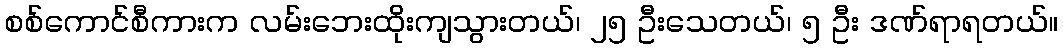
စစ်ကောင်စီကားက လမ်းဘေးထိုးကျသွားတယ်၊ ၂၅ ဦးသေတယ်၊ ၅ ဦး ဒဏ်ရာရတယ်။